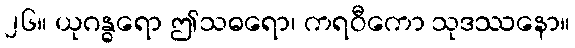
၂၆။ ယုဂန္ဓရော ဤသဓရော၊ ကရဝီကော သုဒဿနော။